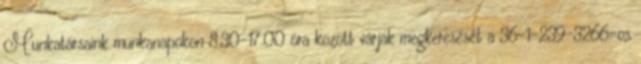
Munkatársaink munkanapokon 8.30-17.00 óra között várják megkeresését a 36-1-239-3266-os